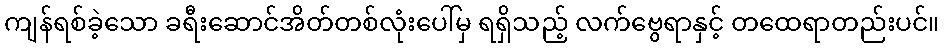
ကျန်ရစ်ခဲ့သော ခရီးဆောင်အိတ်တစ်လုံးပေါ်မှ ရရှိသည့် လက်ဗွေရာနှင့် တထေရာတည်းပင်။